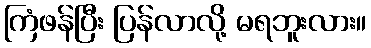
ကြံဖန်ပြီး ပြန်လာလို့ မရဘူးလား။